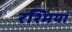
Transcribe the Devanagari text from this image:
रश्मियां